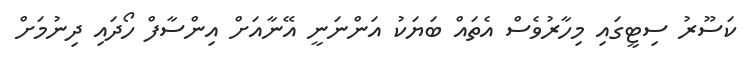
ކަސޫރު ސިޓީގައި މިހާރުވެސް އެތައް ބަޔަކު އަންނަނީ އޭނާއަށް އިންސާފް ހޯދައި ދިނުމަށް